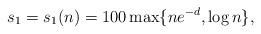
LaTeX: \begin{align*} s_1 = s_1(n) =100\max\{ n e^{-d},\log n\},\end{align*}